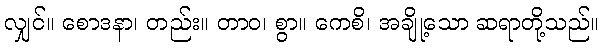
လျှင်။ စောဒနာ၊ တည်း။ တာဝ၊ စွာ။ ကေစိ၊ အချို့သော ဆရာတို့သည်။